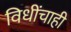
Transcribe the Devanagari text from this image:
विधींचाही